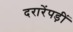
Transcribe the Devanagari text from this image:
दरारेंपड़ीं